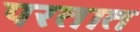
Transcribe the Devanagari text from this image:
परतात